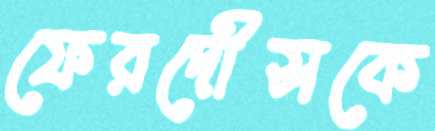
ফেরদৌসকে